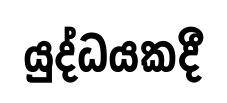
යුද්ධයකදී